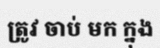
ត្រូវ ចាប់ មក ក្នុង